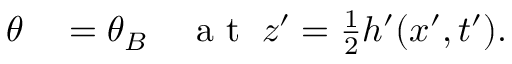
\begin{array} { r l } { \theta } & { { } = \theta _ { B } \quad \mathrm { ~ a ~ t ~ } \; z ^ { \prime } = \frac { 1 } { 2 } h ^ { \prime } ( x ^ { \prime } , t ^ { \prime } ) . } \end{array}